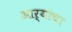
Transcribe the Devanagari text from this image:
आऱ्यांचा